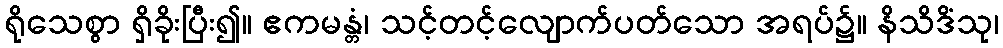
ရိုသေစွာ ရှိခိုးပြီး၍။ ဧကမန္တံ၊ သင့်တင့်လျောက်ပတ်သော အရပ်၌။ နိသိဒိံသု၊